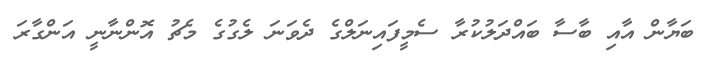
ބަޔާން އާއި ބާސާ ބައްދަލުކުރާ ސެމީފައިނަލްގެ ދެވަނަ ލެގުގެ މެޗު އޮންނާނީ އަންގާރަ